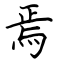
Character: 焉